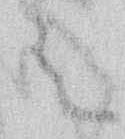
ミ